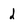
Character: d